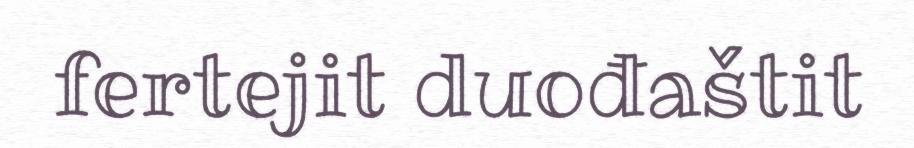
fertejit duođaštit